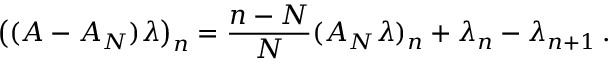
\bigl ( ( A - A _ { N } ) \lambda \bigr ) _ { n } = \frac { n - N } { N } ( A _ { N } \lambda ) _ { n } + \lambda _ { n } - \lambda _ { n + 1 } \, .